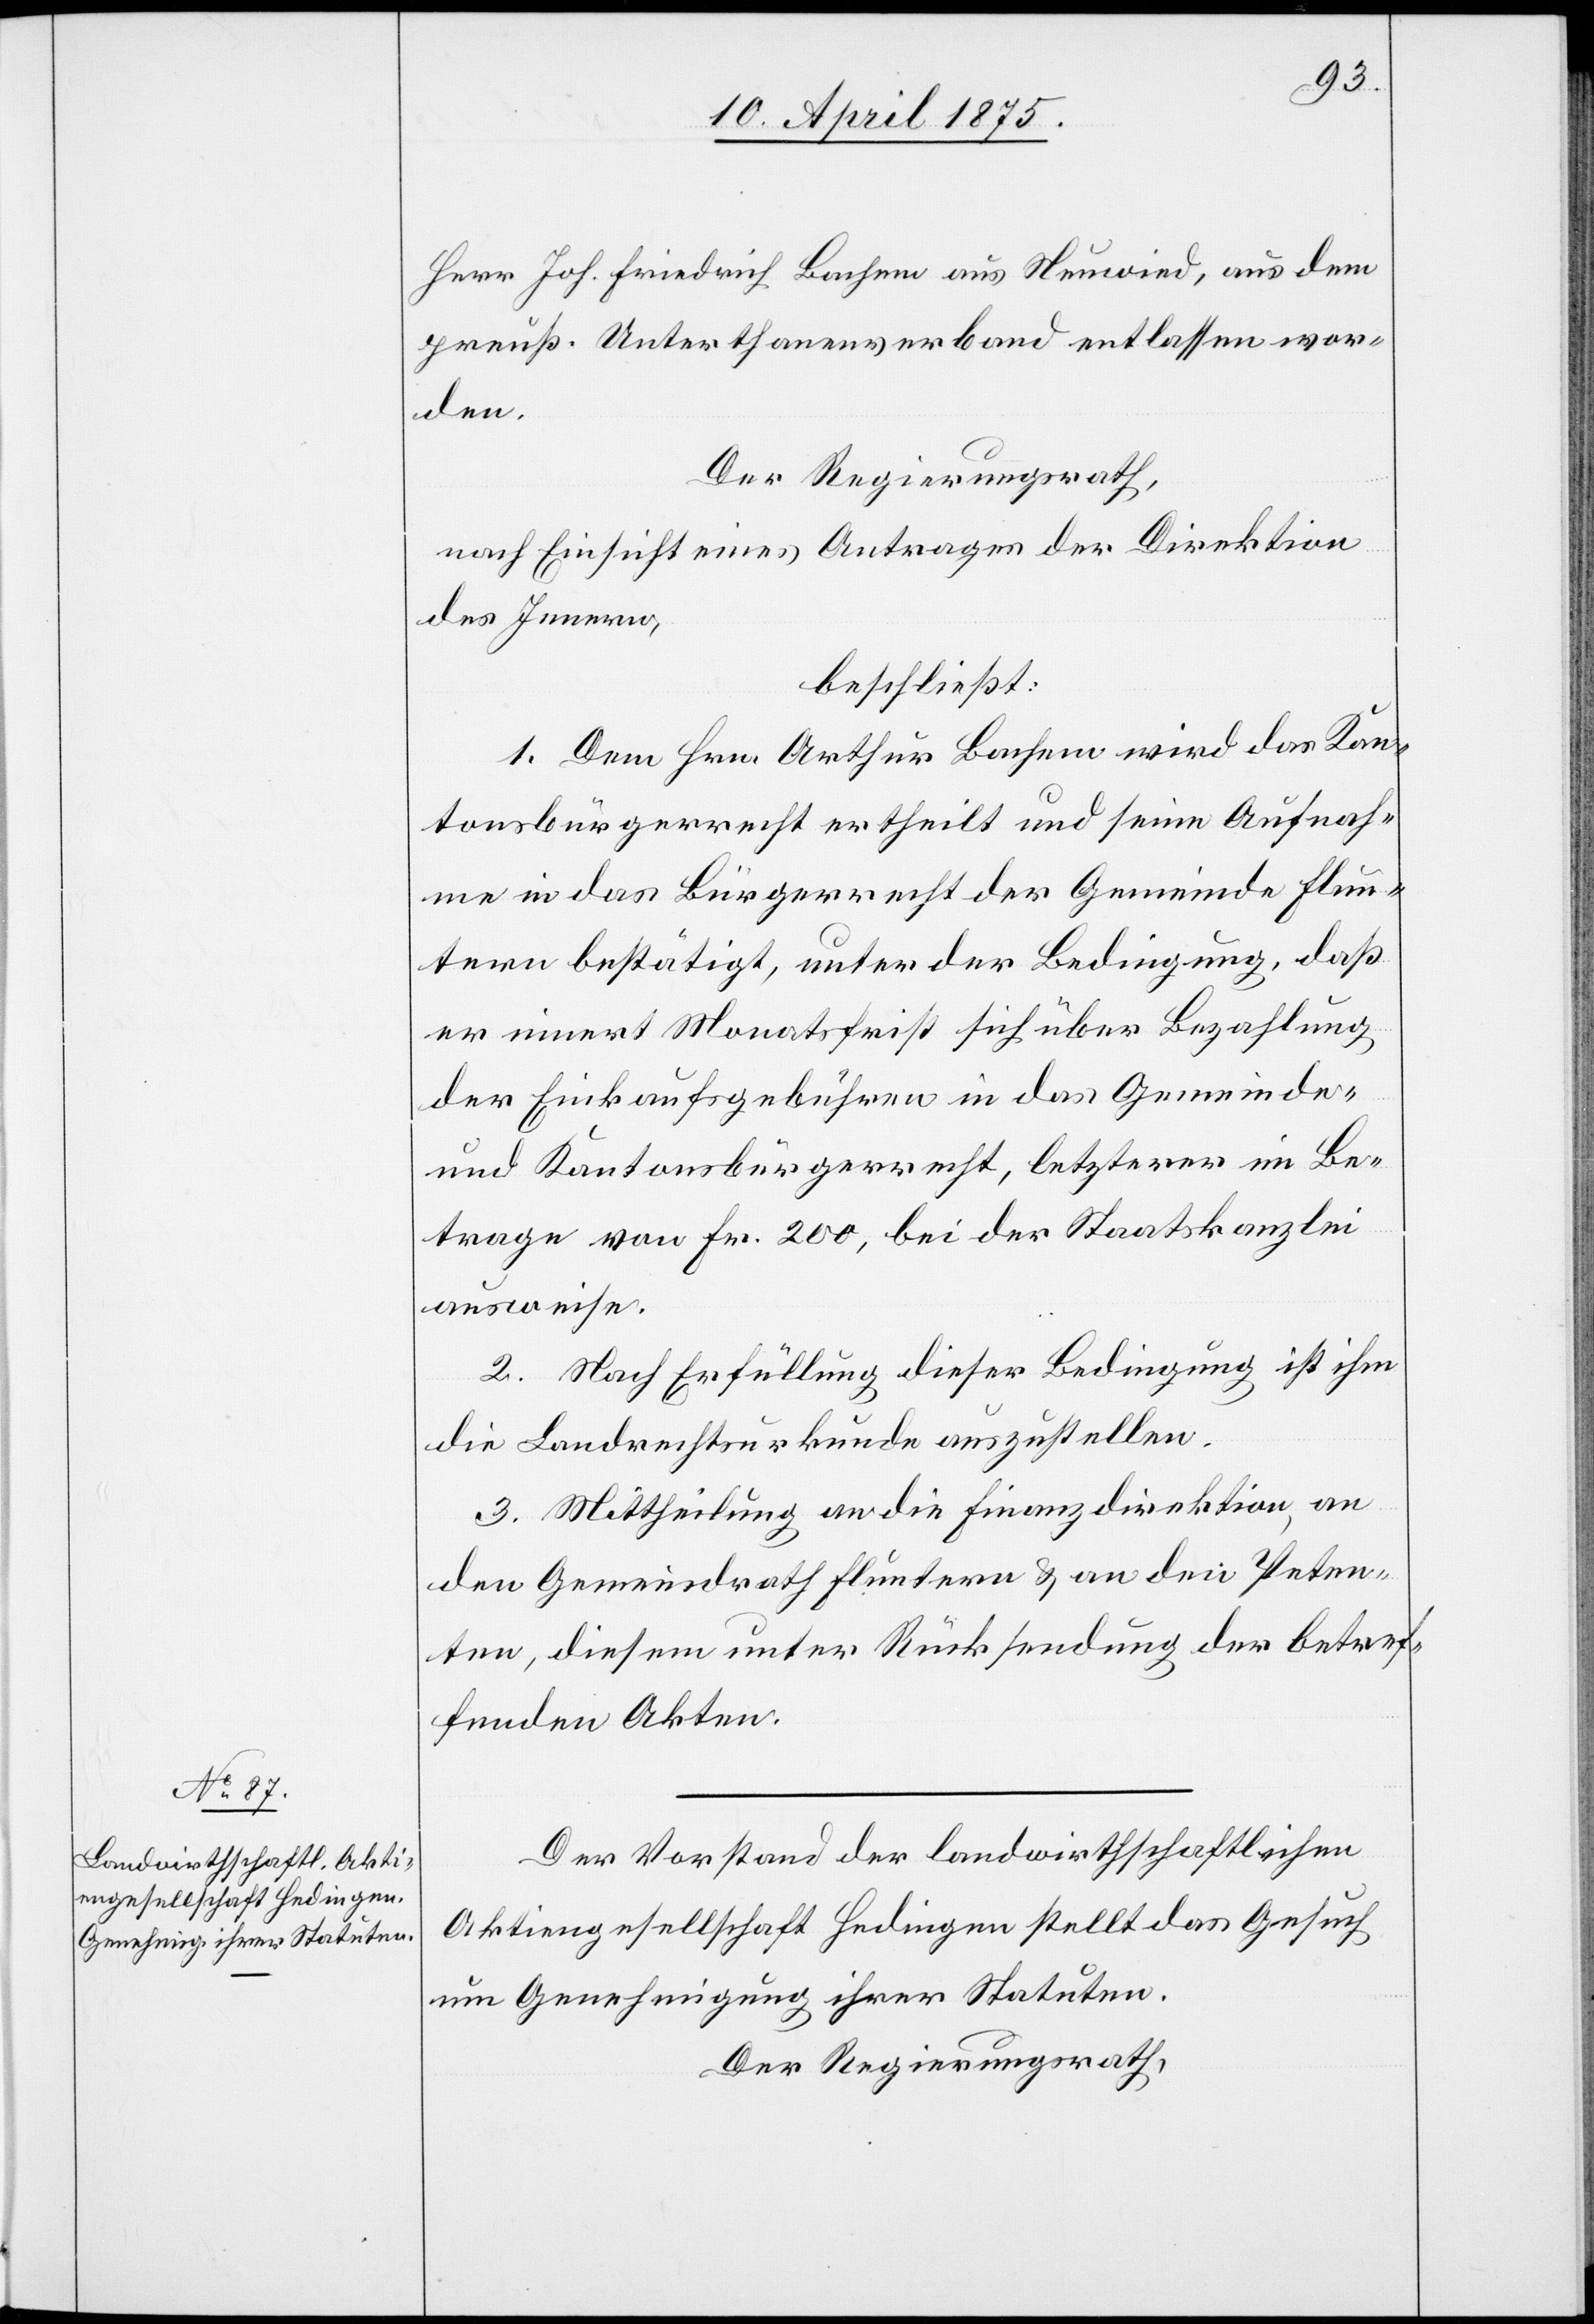
Herr Jos. Friedrich Bachem aus Neuwied, aus dem
preuß. Unterthanenverband entlassen wor¬
den.
Der Regierungsrath,
nach Einsicht eines Antrages der Direktion
des Innern,
beschließt:
1. Dem Hrn. Arthur Bachem wird das Kan¬
tonsbürgerrecht ertheilt und seine Aufnah¬
me in das Bürgerrecht der Gemeinde Flun¬
tern bestätigt, unter der Bedingung, daß
er innert Monatsfrist sich über Bezahlung
der Einkaufsgebühren in das Gemeinde-
und Kantonsbürgerrecht, letzterer im Be¬
trage von Fr. 200, bei der Staatskanzlei
ausweise.
2. Nach Erfüllung dieser Bedingung ist ihm
die Landrechtsurkunde auszustellen.
3. Mittheilung an die Finanzdirektion, an
den Gemeinderath Fluntern & an den Peten¬
ten, diesem unter Rücksendung der betref¬
fenden Akten.
Der Vorstand der landwirtschaftlichen
Aktiengesellschaft Hedingen stellt das Gesuch
um Genehmigung ihrer Statuten.
Der Regierungsrath,